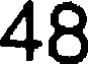
48